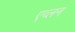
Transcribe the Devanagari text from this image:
एव्लन